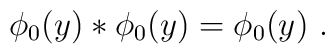
\phi_0(y) * \phi_0(y) = \phi_0(y)\,\,.